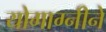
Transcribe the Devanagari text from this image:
योगाग्नीने